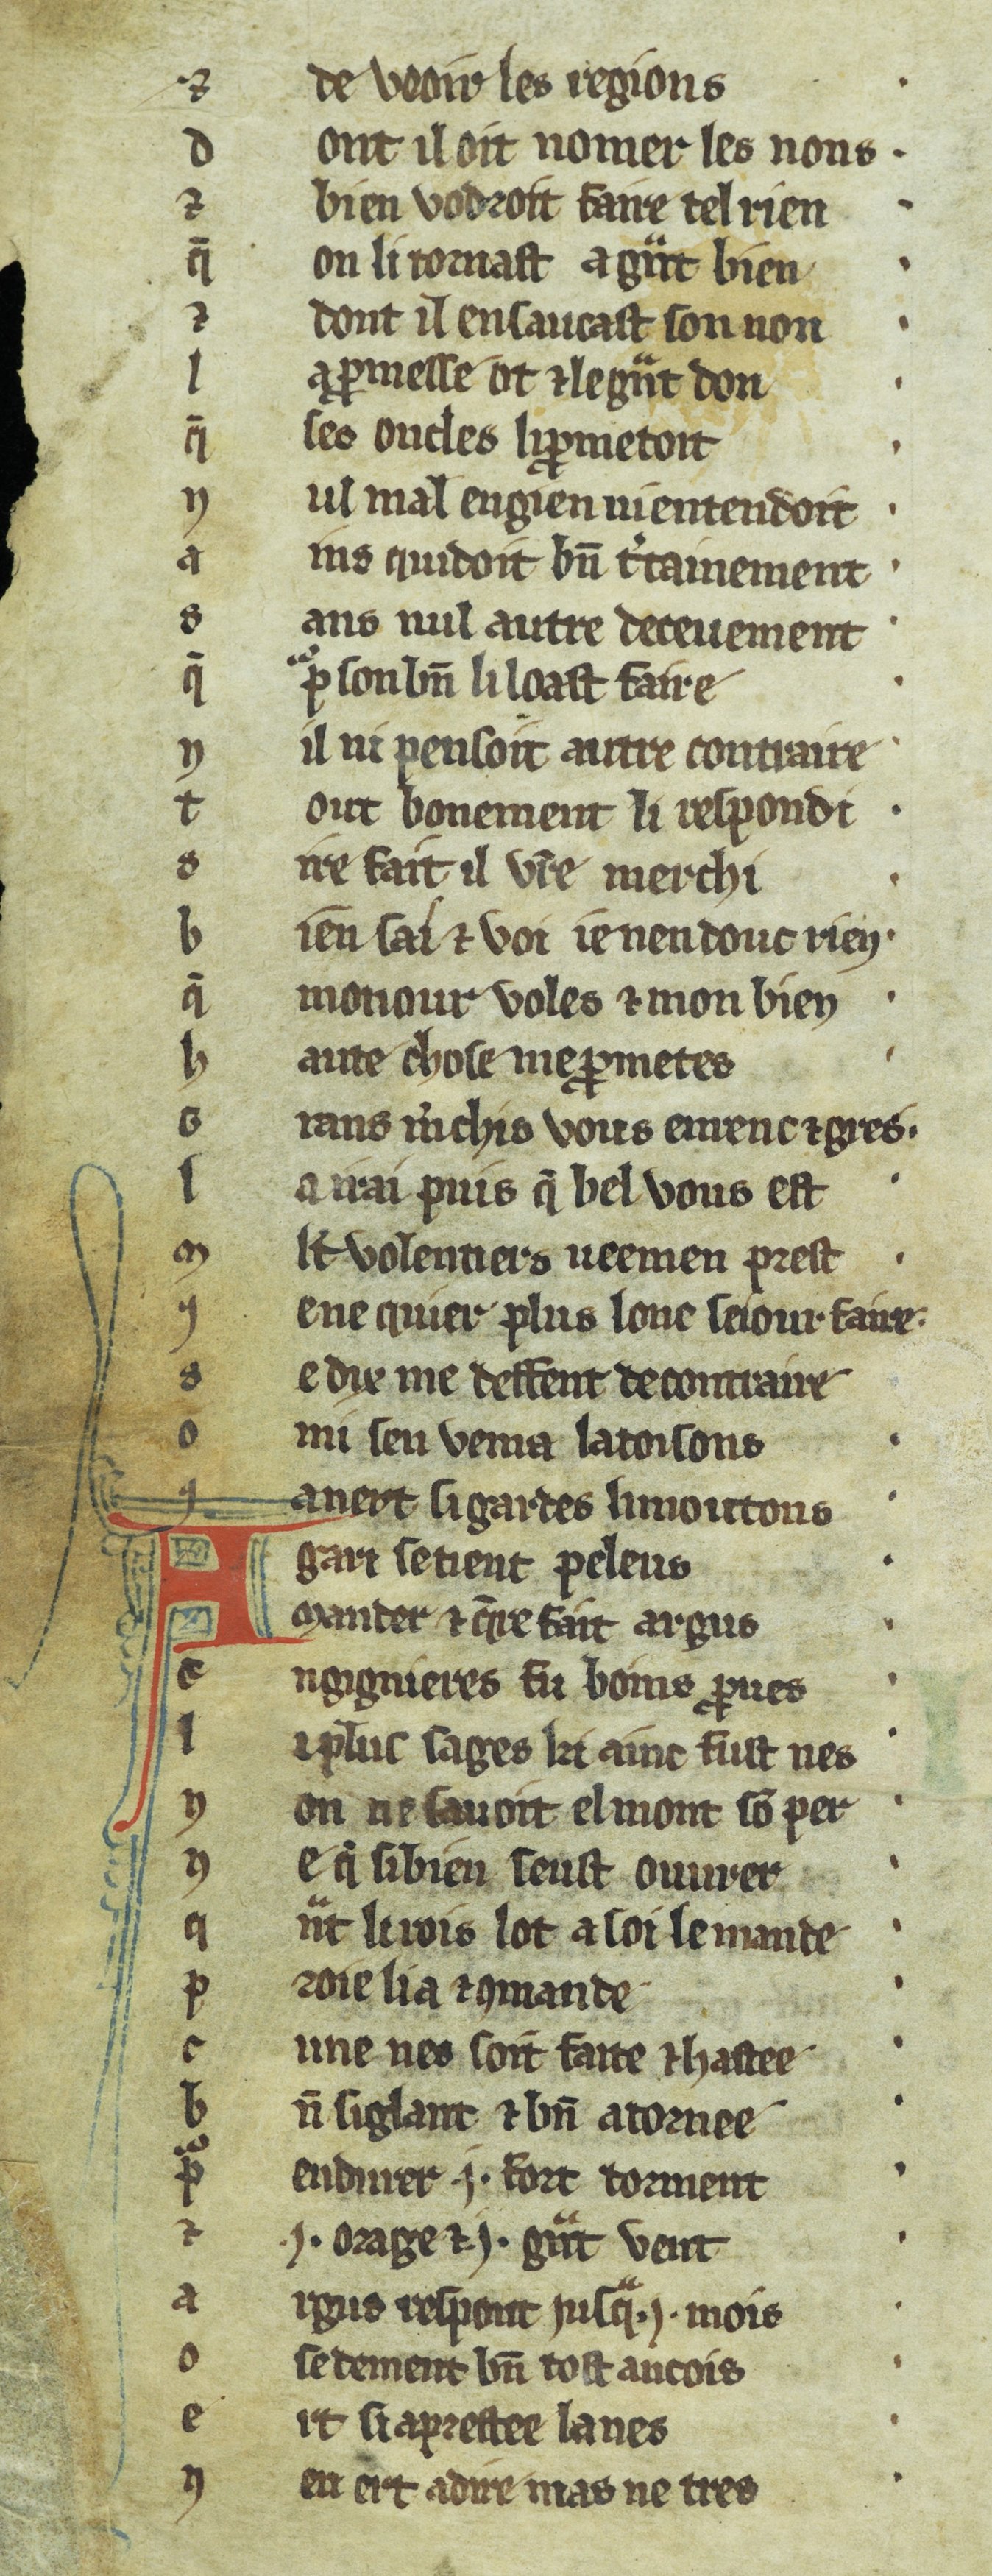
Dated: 1270–1299